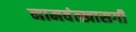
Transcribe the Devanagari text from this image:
नामवंत्खासगी